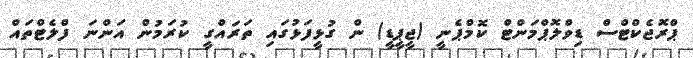
ޕްރޮޖެކްޓްސް ޑިވްލޮޕްމަންޓް ކޮމްޕެނީ (ޖީޕީޑީ) ން ގުޅީފަޅުގައި ތަރައްގީ ކުރަމުން އަންނަ ފްލެޓްތައް